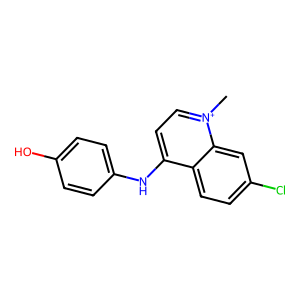
SMILES: C[n+]1ccc(Nc2ccc(O)cc2)c2ccc(Cl)cc21
Inhibits HIV replication: No